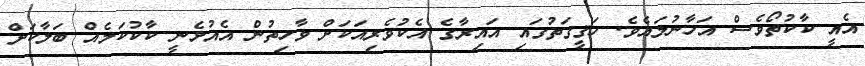
އެއީ ކާކުތޯވެސް އަހާނުލައެވެ. ހަޤީގަތުގައި އައިރާގެ އެކުވެރިއަކަށް ވާހިތުން އެއުޅެނީ ކާކުކަމެއް ބަލާކަށް